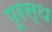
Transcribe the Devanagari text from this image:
पूरस्थ